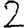
Digit: 2